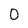
Character: 0